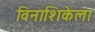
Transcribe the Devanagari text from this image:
विनाशिकेला